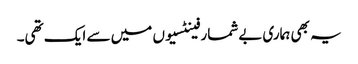
یہ بھی ہماری بےشمار فینٹسیوں میں سے ایک تھی۔